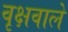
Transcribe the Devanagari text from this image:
वृक्षवाले